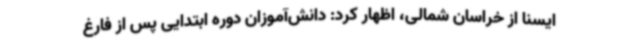
ایسنا از خراسان شمالی، اظهار کرد: دانش‌آموزان دوره ابتدایی پس از فارغ